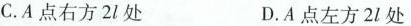
C.A点右方2l处 D.A点左方2l处